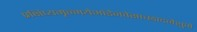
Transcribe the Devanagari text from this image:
प्रक्षिप्यमृन्मयेभांडेनवेसाच्छादनेशुभे